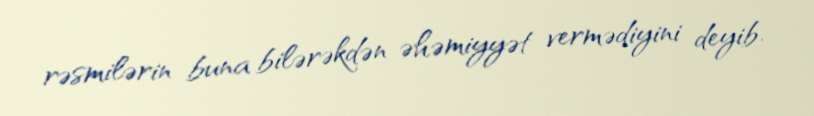
rəsmilərin buna bilərəkdən əhəmiyyət vermədiyini deyib.